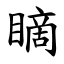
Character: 䁤